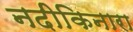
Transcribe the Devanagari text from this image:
नदीकिनारा